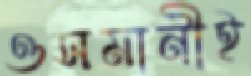
ওসমানীই